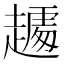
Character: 𰷾